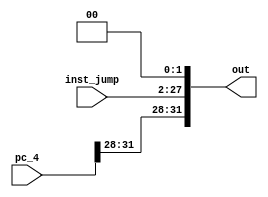
module Jump_sl(inst_jump,pc_4,out);

input [25:0] inst_jump;
input [31:0] pc_4;
output [31:0] out;

assign out = { pc_4[31:28],inst_jump,2'b00};


endmodule